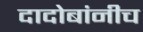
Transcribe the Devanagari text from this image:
दादोबांनीच